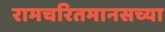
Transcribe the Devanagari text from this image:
रामचरितमानसच्या